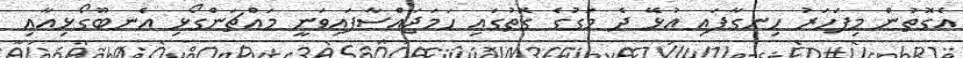
އެގޮތުން މިފަހަރު ހިނގާފައި އުޅޭ ދެ މަގުގެ ގޮތުގައި ހަމަޖައްސާފައިވަނީ މައްޗަންގޯޅި އެނބޫގޯޅިއާއި